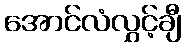
အောင်လံလွှင့်ချီ